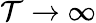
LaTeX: \mathcal{T}\rightarrow\infty